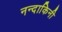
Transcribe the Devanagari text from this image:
नन्दाकिनी